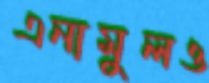
এনামুলও